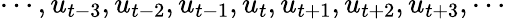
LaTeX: \cdots,u_{t-3},u_{t-2},u_{t-1},u_{t},u_{t+1},u_{t+2},u_{t+3},\cdots